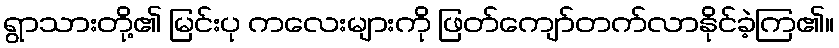
ရွာသားတို့၏ မြင်းပု ကလေးများကို ဖြတ်ကျော်တက်လာနိုင်ခဲ့ကြ၏။